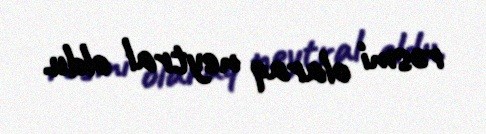
rəsmi olaraq neytral oldu.